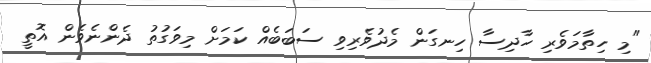
"މި ހިތާމަވެރި ހާދިސާ ހިނގަން މެދުވެރިވި ސަބަބެއް ކަމަށް މިވަގުތު ދެންނެވެން އޮތީ